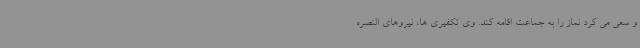
و سعی می کرد نماز را به جماعت اقامه کند. وی تکفیری ها، نیروهای النصره